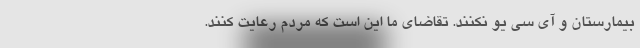
بیمارستان و آی سی یو نکنند. تقاضای ما این است که مردم رعایت کنند.